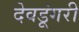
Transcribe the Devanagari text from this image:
देवडूंगरी